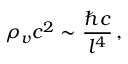
\rho _ { v } c ^ { 2 } \sim \frac { \hbar c } { l ^ { 4 } } \, ,